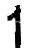
1